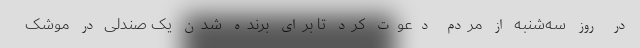
در روز سه‌شنبه از مردم دعوت کرد تا برای برنده شدن یک صندلی در موشک